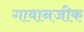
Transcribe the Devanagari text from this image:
गावानजीक